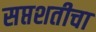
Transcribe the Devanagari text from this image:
सप्तशतीचा